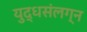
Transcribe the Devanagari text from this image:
युद्धसंलग्न